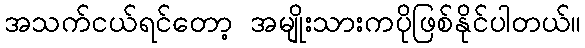
အသက်ငယ်ရင်တော့ အမျိုးသားကပိုဖြစ်နိုင်ပါတယ်။